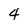
Character: 4